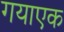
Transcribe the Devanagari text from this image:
गयाएक